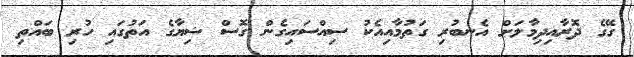
ގޭގެ ދޮރާއިދިމާލަށް އެނބުރި ގަތުމާއިއެކު ސިއްސައިގެން ގޮސް ޝިޔާގެ އަތުގައި ހުރި ބައްތި